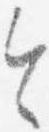
令